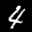
Label: 4